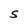
Character: S